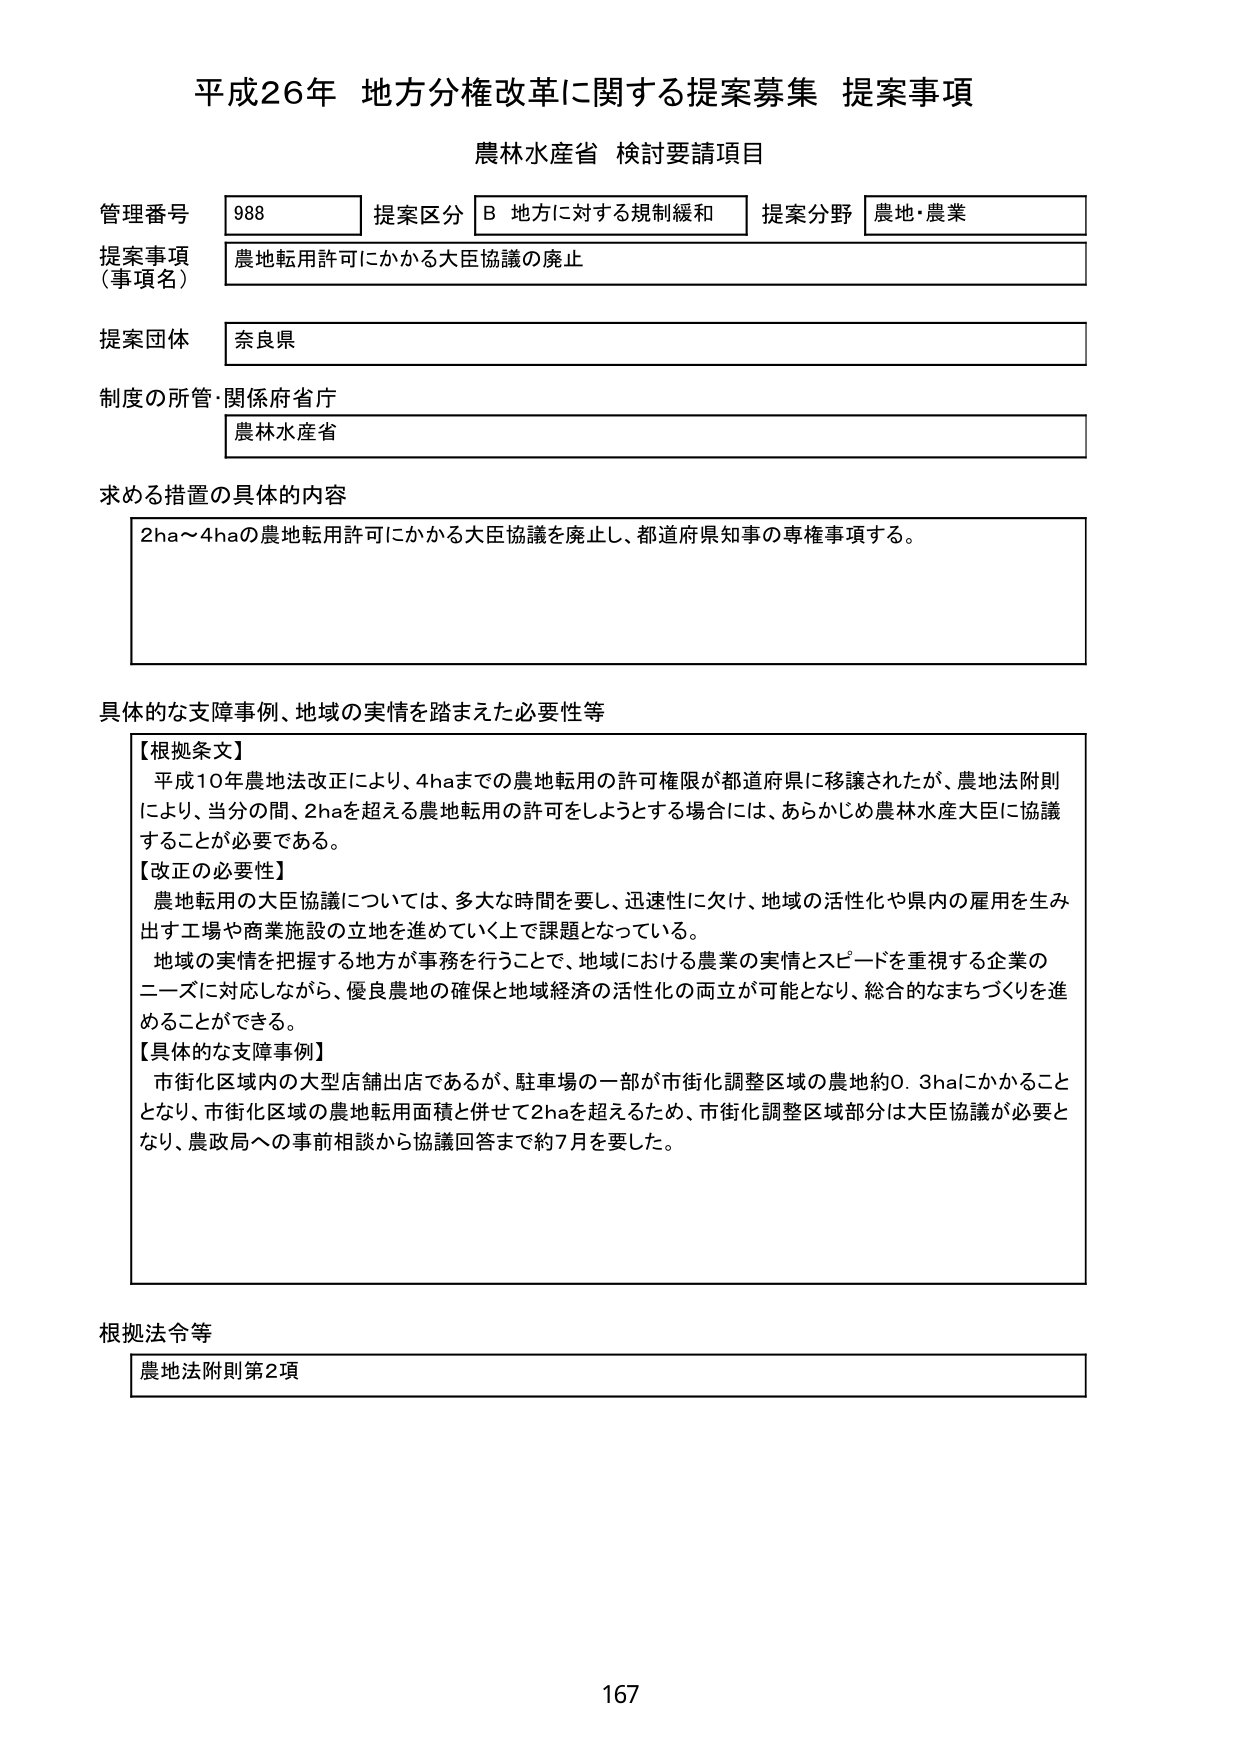
平成26年 地方分権改革に関する提案募集 提案事項
農林水産省 検討要請項目

管理番号 988 提案区分 B 地方に対する規制緩和 提案分野 農地・農業
提案事項（事項名） 農地転用許可にかかる大臣協議の廃止
提案団体 奈良県
制度の所管・関係府省庁 農林水産省

求める措置の具体的内容
2ha～4haの農地転用許可にかかる大臣協議を廃止し、都道府県知事の専権事項する。

具体的な支障事例、地域の実情を踏まえた必要性等
【根拠条文】
平成10年農地法改正により、4haまでの農地転用の許可権限が都道府県に移譲されたが、農地法附則により、当分の間、2haを超える農地転用の許可をしようとする場合には、あらかじめ農林水産大臣に協議することが必要である。
【改正の必要性】
農地転用の大臣協議については、多大な時間を要し、迅速性に欠け、地域の活性化や県内の雇用を生み出す工場や商業施設の立地を進めていく上で課題となっている。
地域の実情を把握する地方が事務を行うことで、地域における農業の実情とスピードを重視する企業のニーズに対応しながら、優良農地の確保と地域経済の活性化の両立が可能となり、総合的なまちづくりを進めることができる。
【具体的な支障事例】
市街化区域内の大型店舗出店であるが、駐車場の一部が市街化調整区域の農地約0.3haにかかることとなり、市街化区域の農地転用面積と併せて2haを超えるため、市街化調整区域部分は大臣協議が必要となり、農政局への事前相談から協議回答まで約7月を要した。

根拠法令等
農地法附則第2項

167